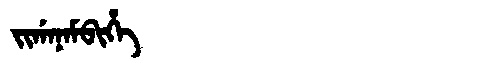
Manchu: ᠵᡳᡤᠠᠨᠠᠮᠪᡳᡥᡝ
Romanization: JIGANAMBIHE